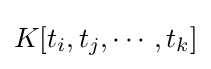
K[t_{i},t_{j},\cdots ,t_{k}]